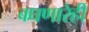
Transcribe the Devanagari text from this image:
बघणारेही